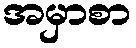
အမှာစာ